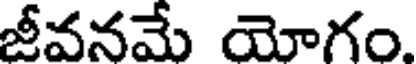
జీవనమే యోగం.